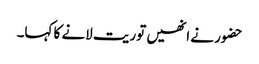
حضور نے انھیں توریت لانے کا کہا۔